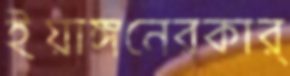
ইয়াঙ্গনেরকার্